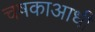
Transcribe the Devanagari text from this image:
चषकाआधी